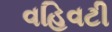
વહિવટી